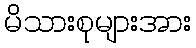
မိသားစုများအား